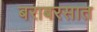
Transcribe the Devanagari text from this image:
बराबरसात